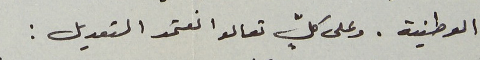
الوطنية. وعلى كلٍّ تعالوا نعتمد التعديل :